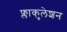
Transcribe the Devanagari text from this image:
फ्लाकुलेशन